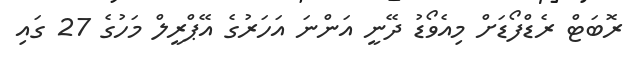
ރޮބަޓް ރެޑްފޯޑަށް މިއެވޯޑު ދޭނީ އަންނަ އަހަރުގެ އޭޕްރީލް މަހުގެ 27 ގައި